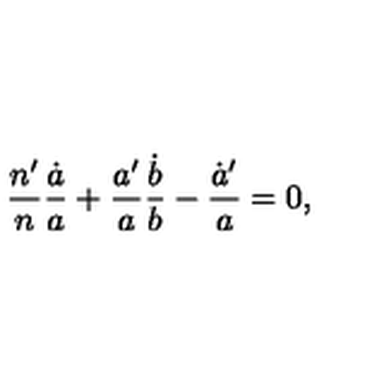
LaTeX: { \frac { n ^ { \prime } } { n } } { \frac { \dot { a } } { a } } + { \frac { a ^ { \prime } } { a } } { \frac { \dot { b } } { b } } - { \frac { \dot { a } ^ { \prime } } { a } } = 0 ,